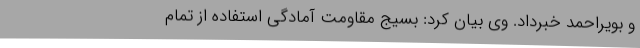
و بویراحمد خبرداد. وی بیان کرد: بسیج مقاومت آمادگی استفاده از تمام